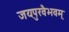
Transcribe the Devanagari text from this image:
जयपुरवैभवम्